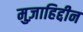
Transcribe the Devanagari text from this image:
मुज़ाहिद्दीन